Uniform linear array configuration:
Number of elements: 12
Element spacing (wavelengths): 1
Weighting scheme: binomial
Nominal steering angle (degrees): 60
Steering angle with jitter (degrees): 59.854
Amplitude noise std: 0.05
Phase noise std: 0.05

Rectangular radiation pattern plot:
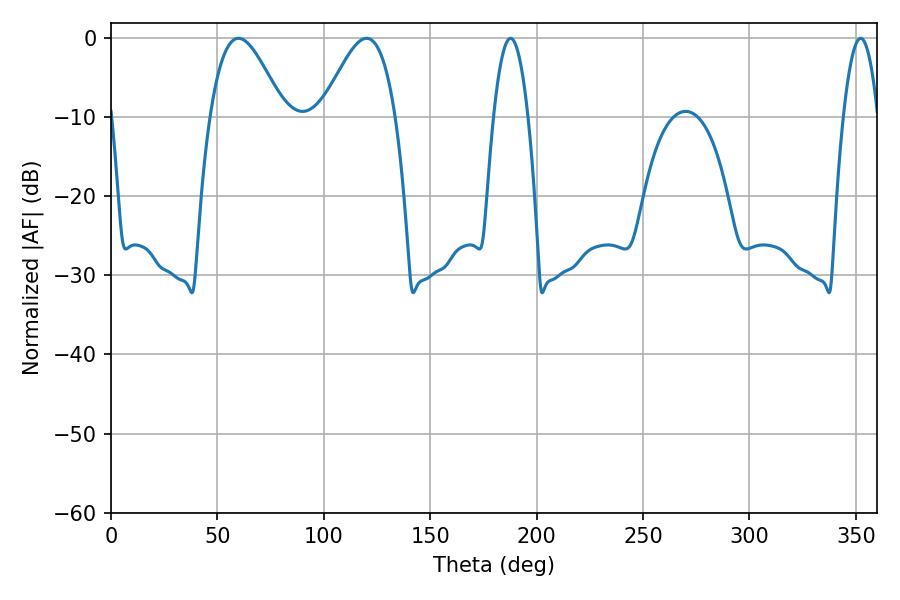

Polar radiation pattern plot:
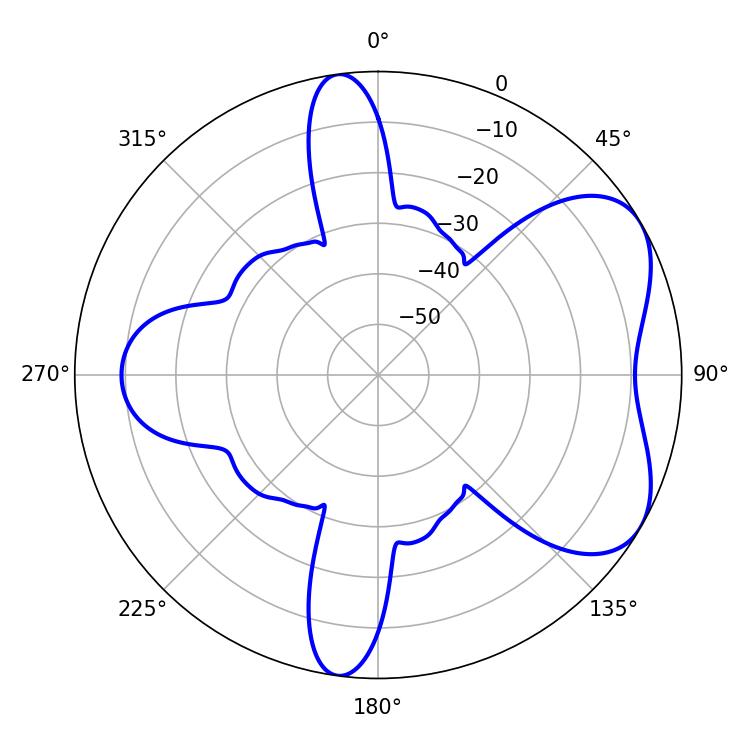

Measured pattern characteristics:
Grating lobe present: TRUE
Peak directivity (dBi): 5.554
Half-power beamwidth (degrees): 8.82
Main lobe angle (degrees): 187.74